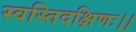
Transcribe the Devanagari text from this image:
स्वस्तिदक्षिणः।।